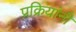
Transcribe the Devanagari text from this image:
प्रक्रियांनी